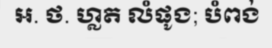
អ. ថ. ហ្លត លំផូង; បំពង់